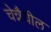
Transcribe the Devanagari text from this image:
चेन्नैयील